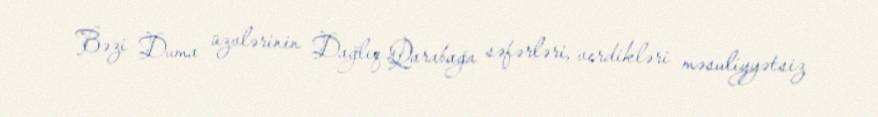
Bəzi Duma üzvlərinin Dağlıq Qarabağa səfərləri, verdikləri məsuliyyətsiz